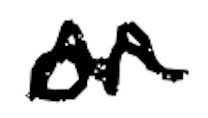
Text: or
Cross-out: mix
Writing tool: digital_black